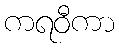
ကရဝီကာ